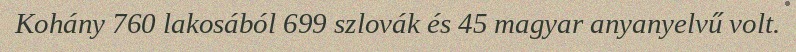
Kohány 760 lakosából 699 szlovák és 45 magyar anyanyelvű volt.